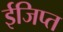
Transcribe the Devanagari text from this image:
ईजिप्‍त